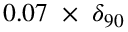
0 . 0 7 ~ \times ~ \delta _ { 9 0 }